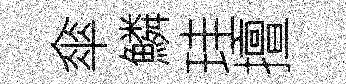
傘鱗珪擅